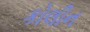
કોલીન